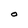
Character: O